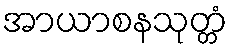
အာယာစနသုတ္တံ